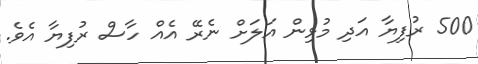
500 ރުފިޔާ އަދި މުޅިން އަލަށް ނެރޭ އެއް ހާސް ރުފިޔާ އެވެ.